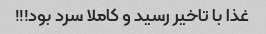
غذا با تاخیر رسید و کاملا سرد بود!!!